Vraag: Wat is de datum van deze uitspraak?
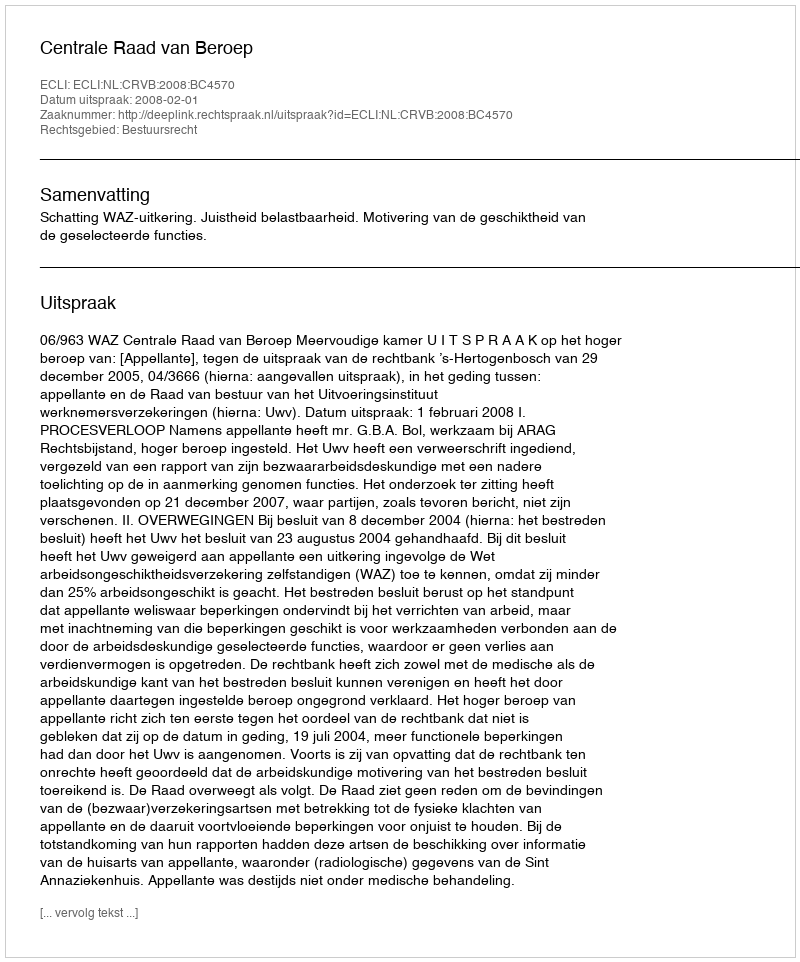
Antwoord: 2008-02-01